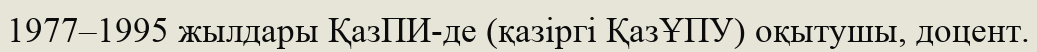
1977–1995 жылдары ҚазПИ-де (қазіргі ҚазҰПУ) оқытушы, доцент.